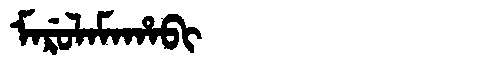
Manchu: ᠮᠠᡵᡠᠯᠠᠮᠠᡥᠠᠪᡳ
Romanization: MARULAMAHABI